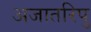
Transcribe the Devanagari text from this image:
अजातरिपु